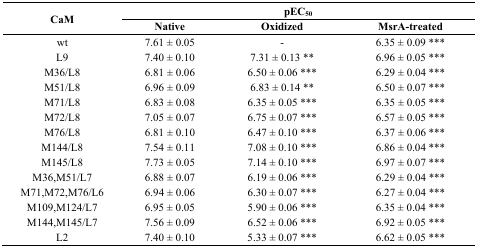
<table><thead><tr><td rowspan="2"><b>CaM</b></td><td colspan="3"><b>pEC<sub>50</sub></b></td></tr><tr><td><b>Native</b></td><td><b>Oxidized</b></td><td><b>MsrA-treated</b></td></tr></thead><tbody><tr><td>wt</td><td>7.61 ± 0.05</td><td>-</td><td>6.35 ± 0.09 ***</td></tr><tr><td>L9</td><td>7.40 ± 0.10</td><td>7.31 ± 0.13 **</td><td>6.96 ± 0.05 ***</td></tr><tr><td>M36/L8</td><td>6.81 ± 0.06</td><td>6.50 ± 0.06 ***</td><td>6.29 ± 0.04 ***</td></tr><tr><td>M51/L8</td><td>6.96 ± 0.09</td><td>6.83 ± 0.14 **</td><td>6.50 ± 0.07 ***</td></tr><tr><td>M71/L8</td><td>6.83 ± 0.08</td><td>6.35 ± 0.05 ***</td><td>6.35 ± 0.05 ***</td></tr><tr><td>M72/L8</td><td>7.05 ± 0.07</td><td>6.75 ± 0.07 ***</td><td>6.57 ± 0.05 ***</td></tr><tr><td>M76/L8</td><td>6.81 ± 0.10</td><td>6.47 ± 0.10 ***</td><td>6.37 ± 0.06 ***</td></tr><tr><td>M144/L8</td><td>7.54 ± 0.11</td><td>7.08 ± 0.10 ***</td><td>6.86 ± 0.04 ***</td></tr><tr><td>M145/L8</td><td>7.73 ± 0.05</td><td>7.14 ± 0.10 ***</td><td>6.97 ± 0.07 ***</td></tr><tr><td>M36,M51/L7</td><td>6.88 ± 0.07</td><td>6.19 ± 0.06 ***</td><td>6.29 ± 0.04 ***</td></tr><tr><td>M71,M72,M76/L6</td><td>6.94 ± 0.06</td><td>6.30 ± 0.07 ***</td><td>6.27 ± 0.04 ***</td></tr><tr><td>M109,M124/L7</td><td>6.95 ± 0.05</td><td>5.90 ± 0.06 ***</td><td>6.35 ± 0.04 ***</td></tr><tr><td>M144,M145/L7</td><td>7.56 ± 0.09</td><td>6.52 ± 0.06 ***</td><td>6.92 ± 0.05 ***</td></tr><tr><td>L2</td><td>7.40 ± 0.10</td><td>5.33 ± 0.07 ***</td><td>6.62 ± 0.05 ***</td></tr></tbody></table>